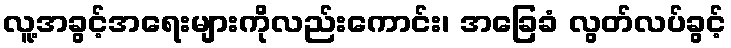
လူ့အခွင့်အရေးများကိုလည်းကောင်း၊ အခြေခံ လွတ်လပ်ခွင့်